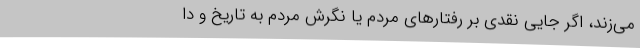
می‌زند، اگر جایی نقدی بر رفتارهای مردم یا نگرش مردم به تاریخ و دا